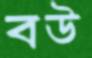
বউ